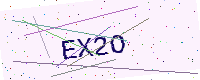
Text: EX2O